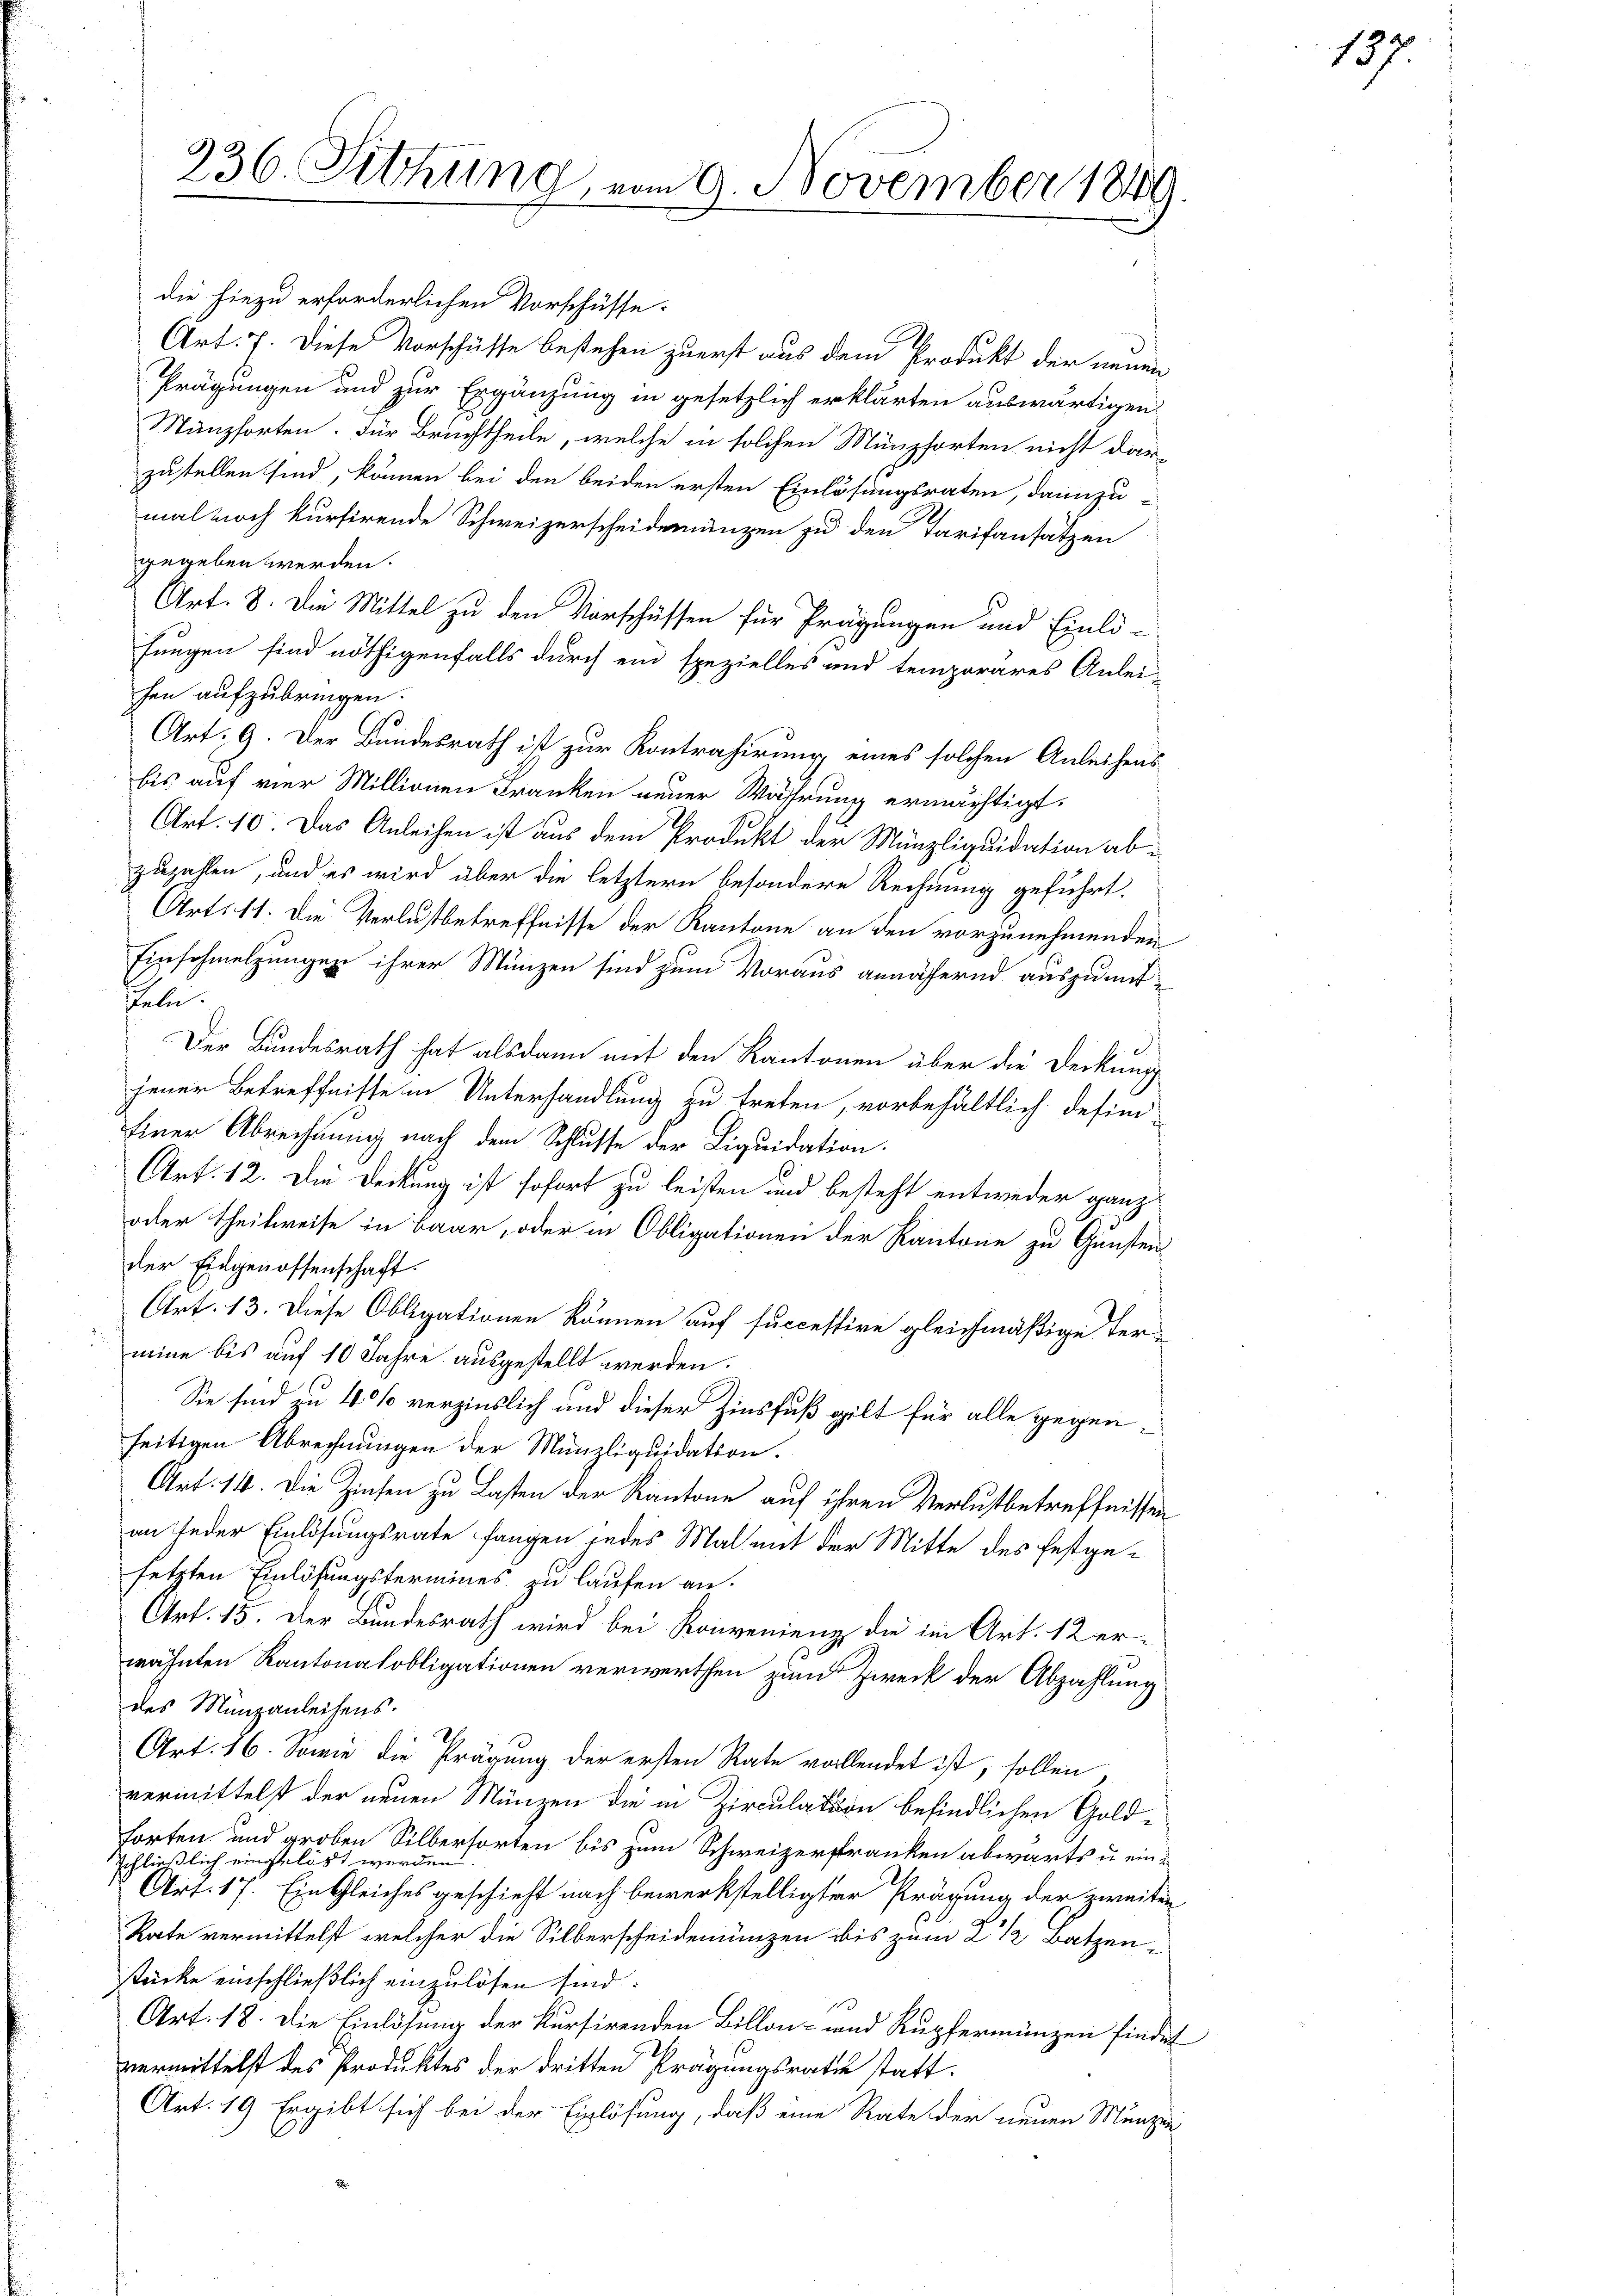
236. Sitzung vom 9. November 1889.

die hiezu erforderlichen Vorschüsse.
Art. 7. Diese Vorschüsse bestehen zuerst aus dem Produkt der neuen
Prägungen und zur Ergänzung in gesetzlich erklärten auswärtigen
Münzsorten. Für Bruchtheile, welche in solchen Münzsorten nicht dar-
zustellen sind, können bei den beiden ersten Einlösungsraten, dannzu-
mal noch kursirende Schweizerscheidemünzen zu den Tarifansatzen
gegeben werden.
Art. 8. Die Mittel zu den Vorschüssen für Prägungen und Einlö-
fungen sind nöthigenfalls durch ein spezielles und temporares Anlei-
hen aufzubringen.
Art. 9. Der Bundesrath ist zur Kontrahirung eines solchen Anleihens-
bis auf vier Millionen Franken neuer Währung ermächtigt.
Art. 10. Das Anleihen ist aus dem Produkt der Münzliquidation abzuzahlen, und es wird über die letztern besondere Rechnung geführt.
Art. 11. Die Verlustbetreffnisse der Kantone an den vorzunehmenden
Einschmelzungen ihrer Münzen sind zum Voraus annähernd auszumitifeln.
Der Bundesrath hat alsdann mit den Kantonen über die Deckung
jener Betreffnisse in Unterhandlung zu treten, vorbehältlich defini-
Einer Abrechnung nach dem Schlusse der Liquidation.
Art. 12. Die Deckung ist sofort zu leisten und besteht entweder ganz
oder Theilweise in Baar, oder in Obligationen der Kantone zu Gunsten
der Eidgenossenschaft.
Art. 13. Diese Obligationen können auf succestire gleichmäßige Termine bis auf 10 Jahre ausgestellt werden.
Sie sind zu 40% verzinslich und dieser Zinsfuß gilt für alle gegenseitigen Abrechnungen der Münzliquidation.
Art. 14. Die Zinsen zu Lasten der Kantone auf ihren Verlustbetreffnissen
an jeder Einlösungsrate fangen jedes Mal mit der Mitte des festgesetzten Einlösungstermines zu laufen an.
Art. 15. Der Bundesrath wird bei Konvenienz die im Art. 12 er-
wähnten Kantonalobligationen verwerthen zum Zweck der Abzahlung
des Münzanleihens.
Art. 16. Sowie die Prägung der ersten Rate vollendet ist, sollen
vermittelst der neuen Münzen die in Zirculation befindlichen Goldforten und groben Silberforten bis zum Schweizerstranken abwärts u. ein
schließlich eingelöst werden
Art. 17. Ein Gleiches geschieht nach bewerkstelligter Prägung der zweiten
Rate vermittelst welcher die Silberscheidemünzen bis zum 2 1/2 Batzenstücke einschließlich einzulösen sind:
Art. 18. Die Einlösung der kursirenden Billon- und Kupfermänzen findet
vermittelst des Produktes der dritten Prägungsrath statt¬
Art: 19 Ergibt sich bei der Einlösung, daß eine Rate der neuen Munzin

137.